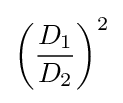
\left({\frac {D_{1}}{D_{2}}}\right)^{2}